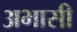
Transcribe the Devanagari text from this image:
अभासी